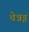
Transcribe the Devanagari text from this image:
चेन्नइ